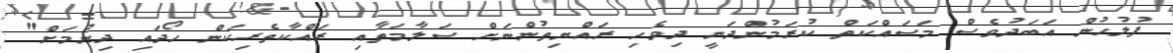
ފުލުހުން އަބަދުވެސް މަސައްކަތް ކުރަމުންދަނީ ދިވެހި ރައްޔިތުންނަށް ސަލާމަތާއި ރައްކާތެރިކަން ހޯދައި ދިނުމަށް"